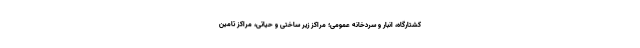
کشتارگاه، انبار و سردخانه عمومی؛ مراکز زیر ساختی و حیاتی، مراکز تامین